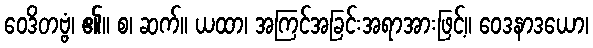
ဝေဒိတဗ္ဗံ၊ ၏။ စ၊ ဆက်။ ယထာ၊ အကြင်အခြင်းအရာအားဖြင့်။ ဝေဒနာဒယော၊